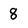
Character: 8